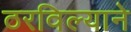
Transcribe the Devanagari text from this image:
ठरविल्याने